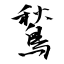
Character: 鶖